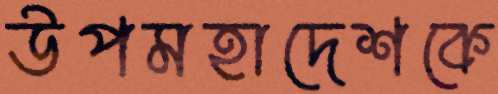
উপমহাদেশকে